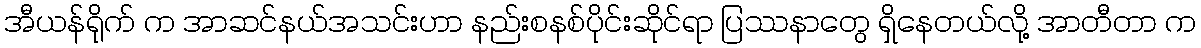
အီယန်ရိုက် က အာဆင်နယ်အသင်းဟာ နည်းစနစ်ပိုင်းဆိုင်ရာ ပြဿနာတွေ ရှိနေတယ်လို့ အာတီတာ က